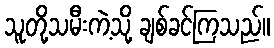
သူတို့သမီးကဲ့သို့ ချစ်ခင်ကြသည်။